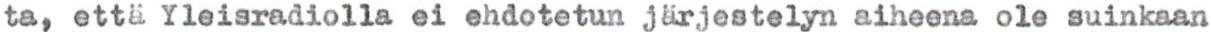
ta, että Yleisradiolla ei ehdotetun järjestelyn aiheena ole suinkaan